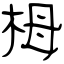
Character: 栂